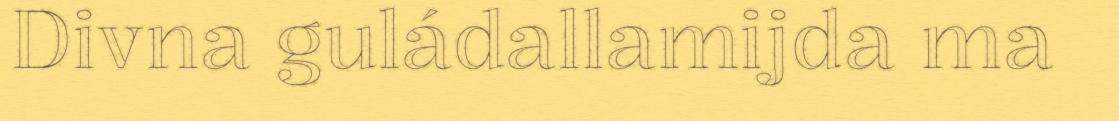
Divna guládallamijda ma